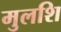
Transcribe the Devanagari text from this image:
मुलशि